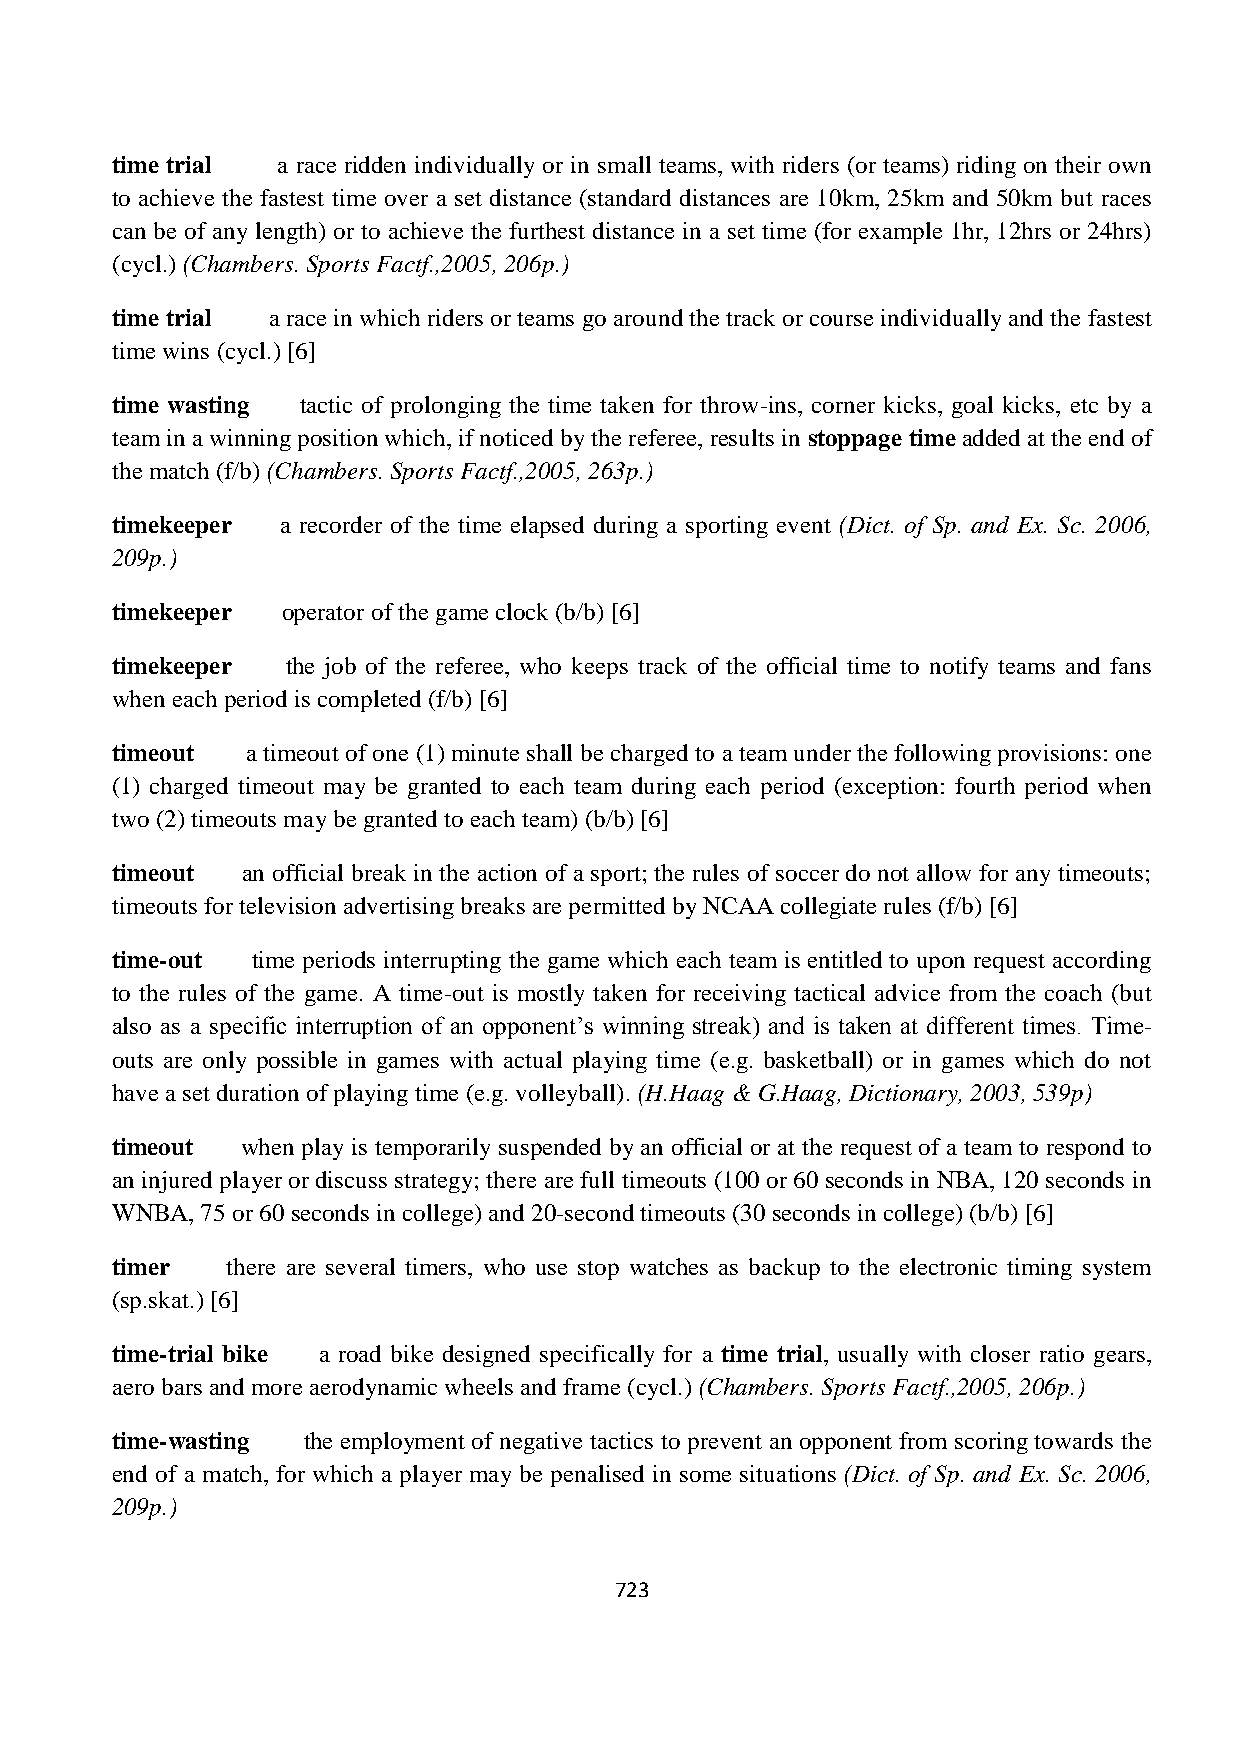
time trial a race ridden individually or in small teams, with riders (or teams) riding on their own
 to achieve the fastest time over a set distance (standard distances are 10km, 25km and 50km but races
 can be of any length) or to achieve the furthest distance in a set time (for example 1hr, 12hrs or 24hrs)
 (cycl.) (Chambers. Sports Factf.,2005, 206p.)
 time trial a race in which riders or teams go around the track or course individually and the fastest
 time wins (cycl.) [6]
 time wasting tactic of prolonging the time taken for throw-ins, corner kicks, goal kicks, etc by a
 team in a winning position which, if noticed by the referee, results in stoppage time added at the end of
 the match (f/b) (Chambers. Sports Factf.,2005, 263p.)
 timekeeper  a recorder of the time elapsed during a sporting event (Dict. of Sp. and Ex. Sc. 2006,
 209p.)
 timekeeper  operator of the game clock (b/b) [6]
 timekeeper  the job of the referee, who keeps track of the official time to notify teams and fans
 when each period is completed (f/b) [6]
 timeout  a timeout of one (1) minute shall be charged to a team under the following provisions: one
 (1) charged timeout may be granted to each team during each period (exception: fourth period when
 two (2) timeouts may be granted to each team) (b/b) [6]
 timeout  an official break in the action of a sport; the rules of soccer do not allow for any timeouts;
 timeouts for television advertising breaks are permitted by NCAA collegiate rules (f/b) [6]
 time-out  time periods interrupting the game which each team is entitled to upon request according
 to the rules of the game. A time-out is mostly taken for receiving tactical advice from the coach (but
 also as a specific interruption of an opponent‟s winning streak) and is taken at different times. Time-
 outs are only possible in games with actual playing time (e.g. basketball) or in games which do not
 have a set duration of playing time (e.g. volleyball). (H.Haag & G.Haag, Dictionary, 2003, 539p)
 timeout  when play is temporarily suspended by an official or at the request of a team to respond to
 an injured player or discuss strategy; there are full timeouts (100 or 60 seconds in NBA, 120 seconds in
 WNBA, 75 or 60 seconds in college) and 20-second timeouts (30 seconds in college) (b/b) [6]
 timer   there are several timers, who use stop watches as backup to the electronic timing system
 (sp.skat.) [6]
 time-trial bike a road bike designed specifically for a time trial, usually with closer ratio gears,
 aero bars and more aerodynamic wheels and frame (cycl.) (Chambers. Sports Factf.,2005, 206p.)
 time-wasting the employment of negative tactics to prevent an opponent from scoring towards the
 end of a match, for which a player may be penalised in some situations (Dict. of Sp. and Ex. Sc. 2006,
 209p.)
 723